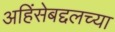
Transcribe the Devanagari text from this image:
अहिंसेबद्दलच्या